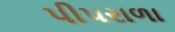
પીપરાળા